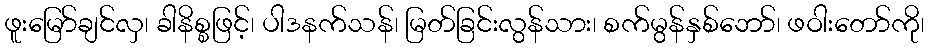
ဖူးမြော်ချင်လှ၊ ခါနိစ္စဖြင့်၊ ပါဒနက်သန်၊ မြတ်ခြင်းလွန်သား၊ စက်မွန်နှစ်ဘော်၊ ဖဝါးတော်ကို၊